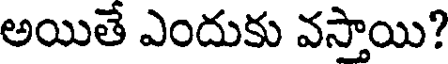
అయితే ఎందుకు వస్తాయి?